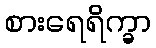
စားရေရိက္ခာ